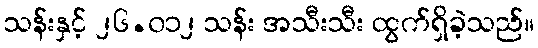
သန်းနှင့် ၂၆.၀၁၂ သန်း အသီးသီး ထွက်ရှိခဲ့သည်။